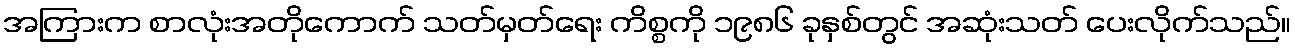
အကြားက စာလုံးအတိုကောက် သတ်မှတ်ရေး ကိစ္စကို ၁၉၈၆ ခုနှစ်တွင် အဆုံးသတ် ပေးလိုက်သည်။